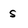
Character: s